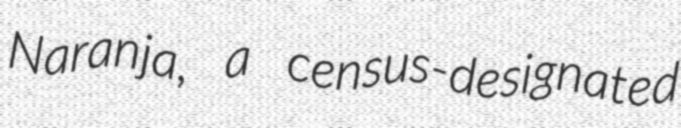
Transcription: Naranja, a census-designated